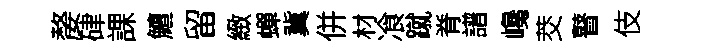
嫠硉課鱣留緻蟬冀併材飡蹴脊譜巉茭瞽伎